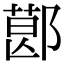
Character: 𨝥